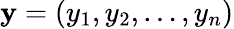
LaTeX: \mathbf{y}=(y_{1},y_{2},\ldots,y_{n})